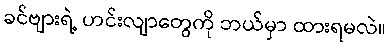
ခင်ဗျားရဲ့ ဟင်းလျာတွေကို ဘယ်မှာ ထားရမလဲ။